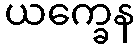
ယက္ခေန